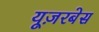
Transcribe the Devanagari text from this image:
यूज़रबेस